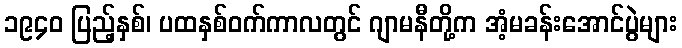
၁၉၄၀ ပြည့်နှစ်၊ ပထနှစ်ဝက်ကာလတွင် ဂျာမနီတို့က အံ့မခန်းအောင်ပွဲများ